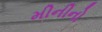
મીનીનો